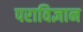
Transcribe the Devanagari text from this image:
पराविज्ञान